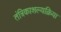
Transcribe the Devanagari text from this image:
तंत्रिकाशल्यक्रिया